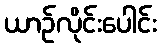
ယာဉ်လိုင်းပေါင်း